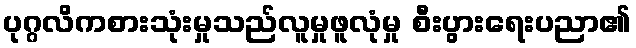
ပုဂ္ဂလိကစားသုံးမှုသည်လူမှုဖူလုံမှု စီးပွားရေးပညာ၏